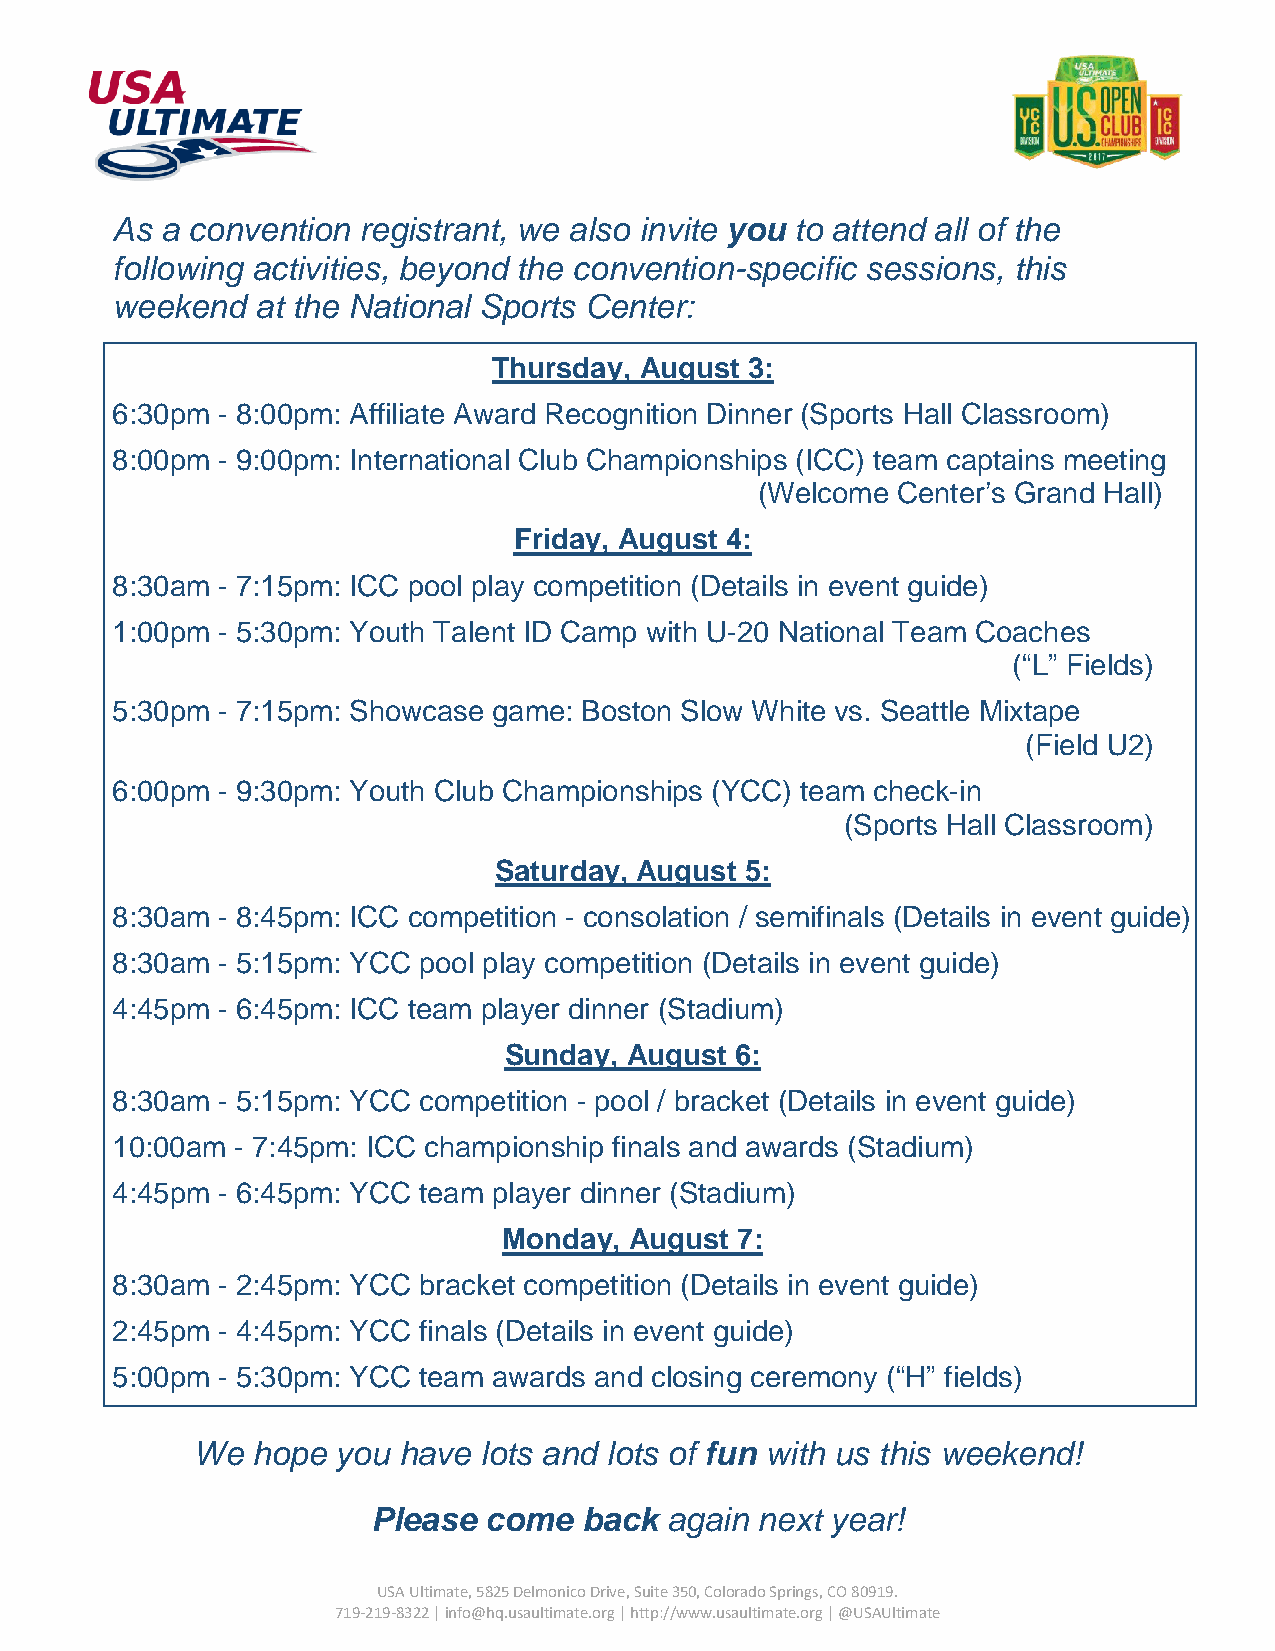
As  a convention registrant, we also invite you to attend all of the
 following activities, beyond the convention-specific sessions, this
 weekend   at the National Sports Center:
 Thursday, August 3:
 6:30pm - 8:00pm: Affiliate Award Recognition Dinner (Sports Hall Classroom)
 8:00pm - 9:00pm: International Club Championships (ICC) team captains meeting
 (Welcome Center’s Grand Hall)
 Friday, August 4:
 8:30am - 7:15pm: ICC pool play competition (Details in event guide)
 1:00pm - 5:30pm: Youth Talent ID Camp with U-20 National Team Coaches
 (“L” Fields)
 5:30pm - 7:15pm: Showcase game: Boston Slow White vs. Seattle Mixtape
 (Field U2)
 6:00pm - 9:30pm: Youth Club Championships (YCC) team check-in
 (Sports Hall Classroom)
 Saturday, August 5:
 8:30am - 8:45pm: ICC competition - consolation / semifinals (Details in event guide)
 8:30am - 5:15pm: YCC pool play competition (Details in event guide)
 4:45pm - 6:45pm: ICC team player dinner (Stadium)
 Sunday,  August 6:
 8:30am - 5:15pm: YCC competition - pool / bracket (Details in event guide)
 10:00am  - 7:45pm: ICC championship finals and awards (Stadium)
 4:45pm - 6:45pm: YCC team player dinner (Stadium)
 Monday,  August 7:
 8:30am - 2:45pm: YCC bracket competition (Details in event guide)
 2:45pm - 4:45pm: YCC finals (Details in event guide)
 5:00pm - 5:30pm: YCC team awards and closing ceremony (“H” fields)
 We  hope you have  lots and lots of fun with us this weekend!
 Please come   back again next year!
 USA Ultimate, 5825 Delmonico Drive, Suite 350, Colorado Springs, CO 80919.
 719-219-8322 | info@hq.usaultimate.org | http://www.usaultimate.org | @USAUltimate